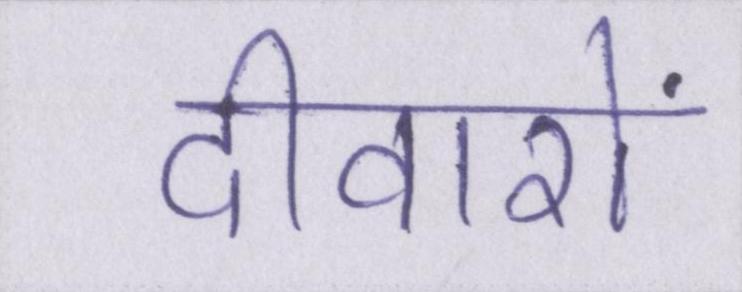
दीवारों